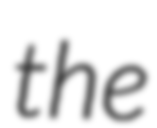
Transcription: the